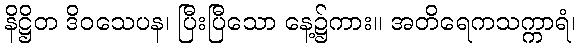
နိဋ္ဌိတ ဒိဝသေပန၊ ပြီးပြီသော နေ့၌ကား။ အတိရေကသက္ကာရံ၊